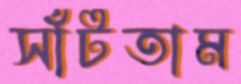
সাঁটতাম